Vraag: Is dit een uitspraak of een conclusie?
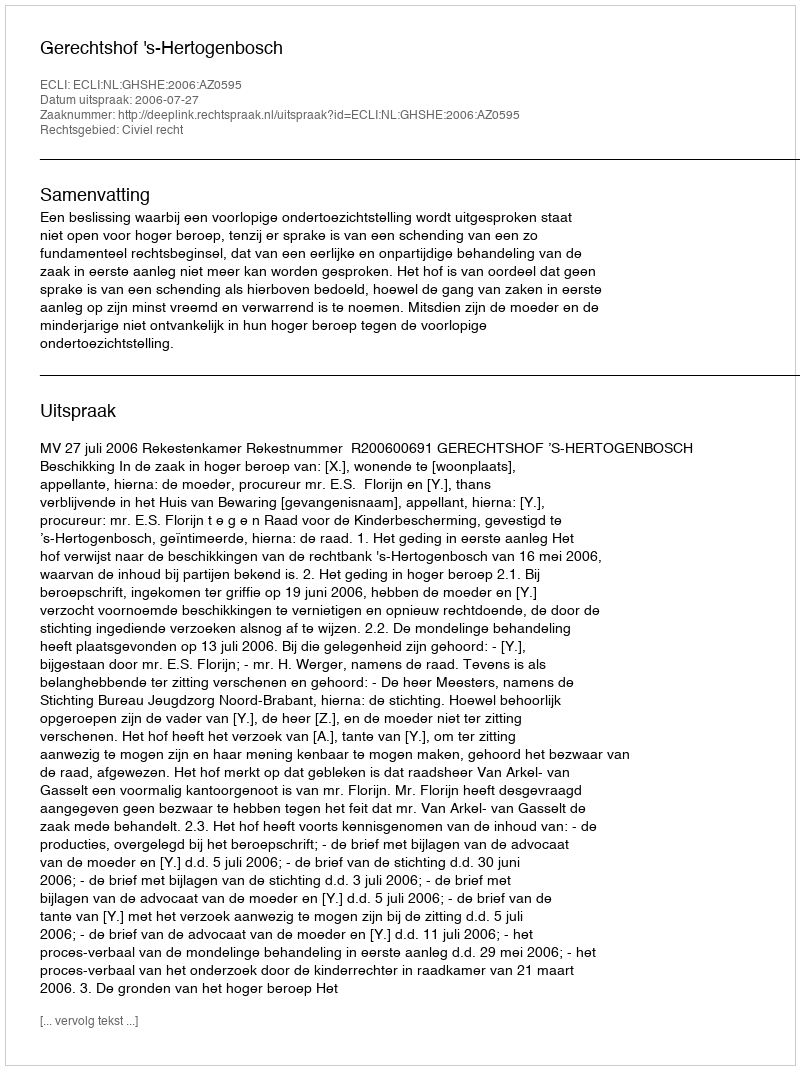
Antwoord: Uitspraak